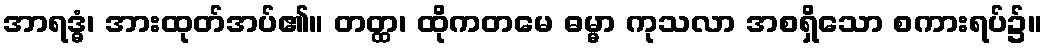
အာရဒ္ဓံ၊ အားထုတ်အပ်၏။ တတ္ထ၊ ထိုကတမေ ဓမ္မာ ကုသလာ အစရှိသော စကားရပ်၌။